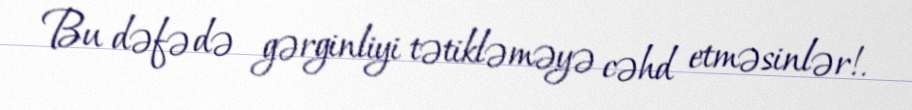
Bu dəfə də gərginliyi tətikləməyə cəhd etməsinlər!.